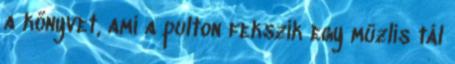
a könyvet, ami a pulton fekszik egy müzlis tál